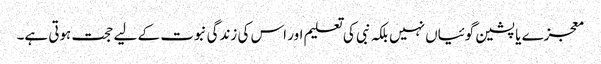
معجزے یا پشین گوئیاں نہیں بلکہ نبی کی تعلیم اور اس کی زندگی نبوت کے لیے حجت ہوتی ہے۔